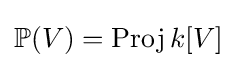
\mathbb {P} (V)=\operatorname {Proj} k[V]